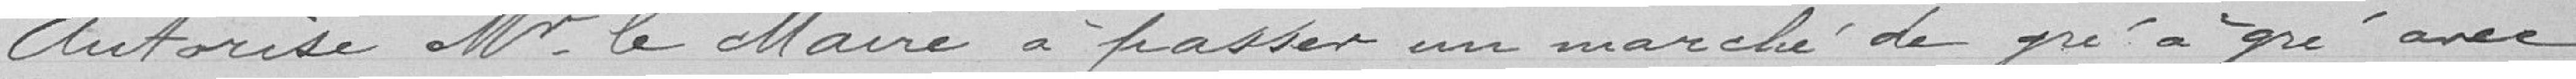
Autorise Monsieur Le Maire à passer un marché de gré à gré avec